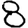
Digit: 8